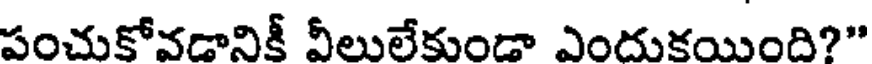
పంచుకోవడానికీ వీలులేకుండా ఎందుకయింది?"